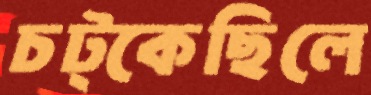
চট্‌কেছিলে